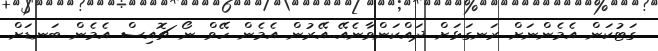
ގަޓުކަން އެމެންނަށް ރަނގަޅަށް ދައްކަންވާނެއޭ..އޭރުން އެމެން ހޭވް ނޯ ޗޮއިސް އެމެން ބަނޑަށް